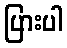
ပြားပါ